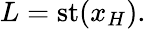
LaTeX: L=\mathrm{{st}}(x_{H}).